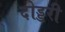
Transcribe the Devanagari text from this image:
दोड्डरी